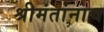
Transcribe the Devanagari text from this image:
श्रीमंतांनाच